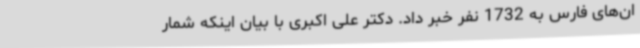
ان‌های فارس به 1732 نفر خبر داد. دکتر علی اکبری با بیان اینکه شمار